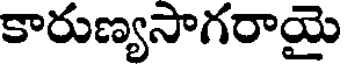
కారుణ్యసాగరాయై